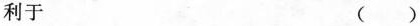
利于 ()